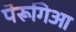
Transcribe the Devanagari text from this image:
पेरूगिआ